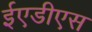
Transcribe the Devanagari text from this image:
ईएडीएस